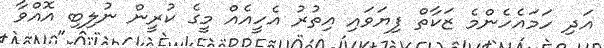
އަދި ހަމައެހެންމެ ޒަކާތް ފިޔަވައި އިތުރު އެހީއެއް މީގެ ކުރީން ނުލިބި އޮއްވާ